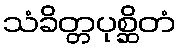
သံခိတ္တပုစ္ဆိတံ